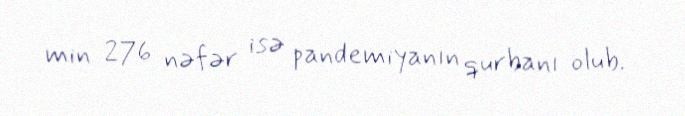
min 276 nəfər isə pandemiyanın qurbanı olub.